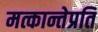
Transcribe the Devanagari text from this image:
मत्कान्तेप्रति